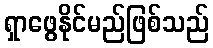
ရှာဖွေနိုင်မည်ဖြစ်သည်